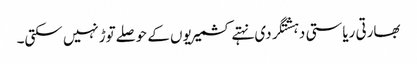
بھارتی ریاستی دہشتگردی نہتے کشمیریوں کے حوصلےتوڑنہیں سکتی۔